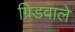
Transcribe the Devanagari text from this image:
ग्रिडवाले